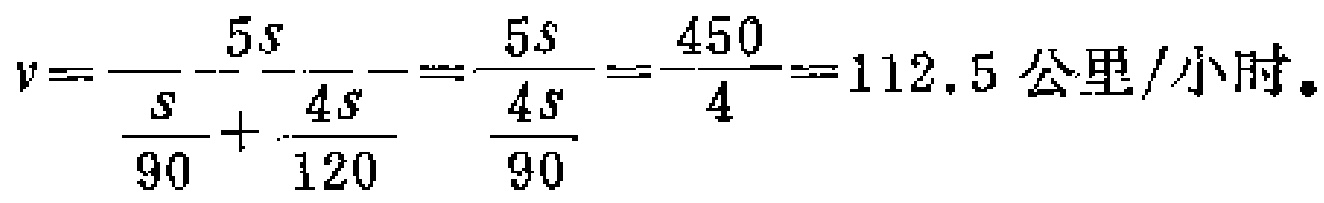
\(v = \frac{5s}{\frac{s}{90} + \frac{4s}{120}} = \frac{5s}{\frac{4s}{90}} = \frac{450}{4} = 112.5\)公里/小时。